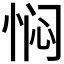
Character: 𫺓